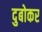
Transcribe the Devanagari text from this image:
दुबोकर